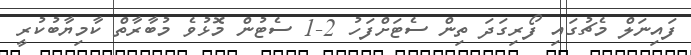
ފައިނަލް މެޗުގައި ފޯރިގަދަ ތިން ސެޓަށްފަހު 2-1 ސެޓުން މޮޅުވެ މުބާރާތް ކާމިޔާބުކުރީ